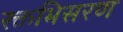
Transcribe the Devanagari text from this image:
रक्तभिसरण